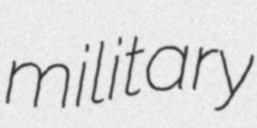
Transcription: military